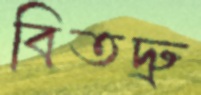
বিতদ্রু